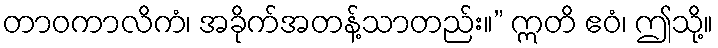
တာဝကာလိကံ၊ အခိုက်အတန့်သာတည်း။” ဣတိ ဧဝံ၊ ဤသို့။